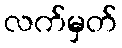
လက်မှတ်